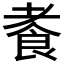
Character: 𫗍